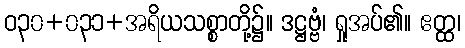
ဝ၃၀+၀၃၁+အရိယသစ္စာတို့၌။ ဒဋ္ဌဗ္ဗံ၊ ရှုအပ်၏။ ဧတ္ထ၊